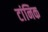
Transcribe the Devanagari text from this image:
टांनिक